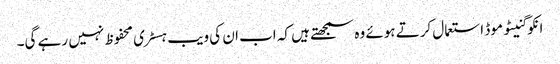
انکوگنیٹو موڈ استعمال کرتے ہوئے وہ سمجھتے ہیں کہ اب ان کی ویب ہسٹری محفوظ نہیں رہے گی۔